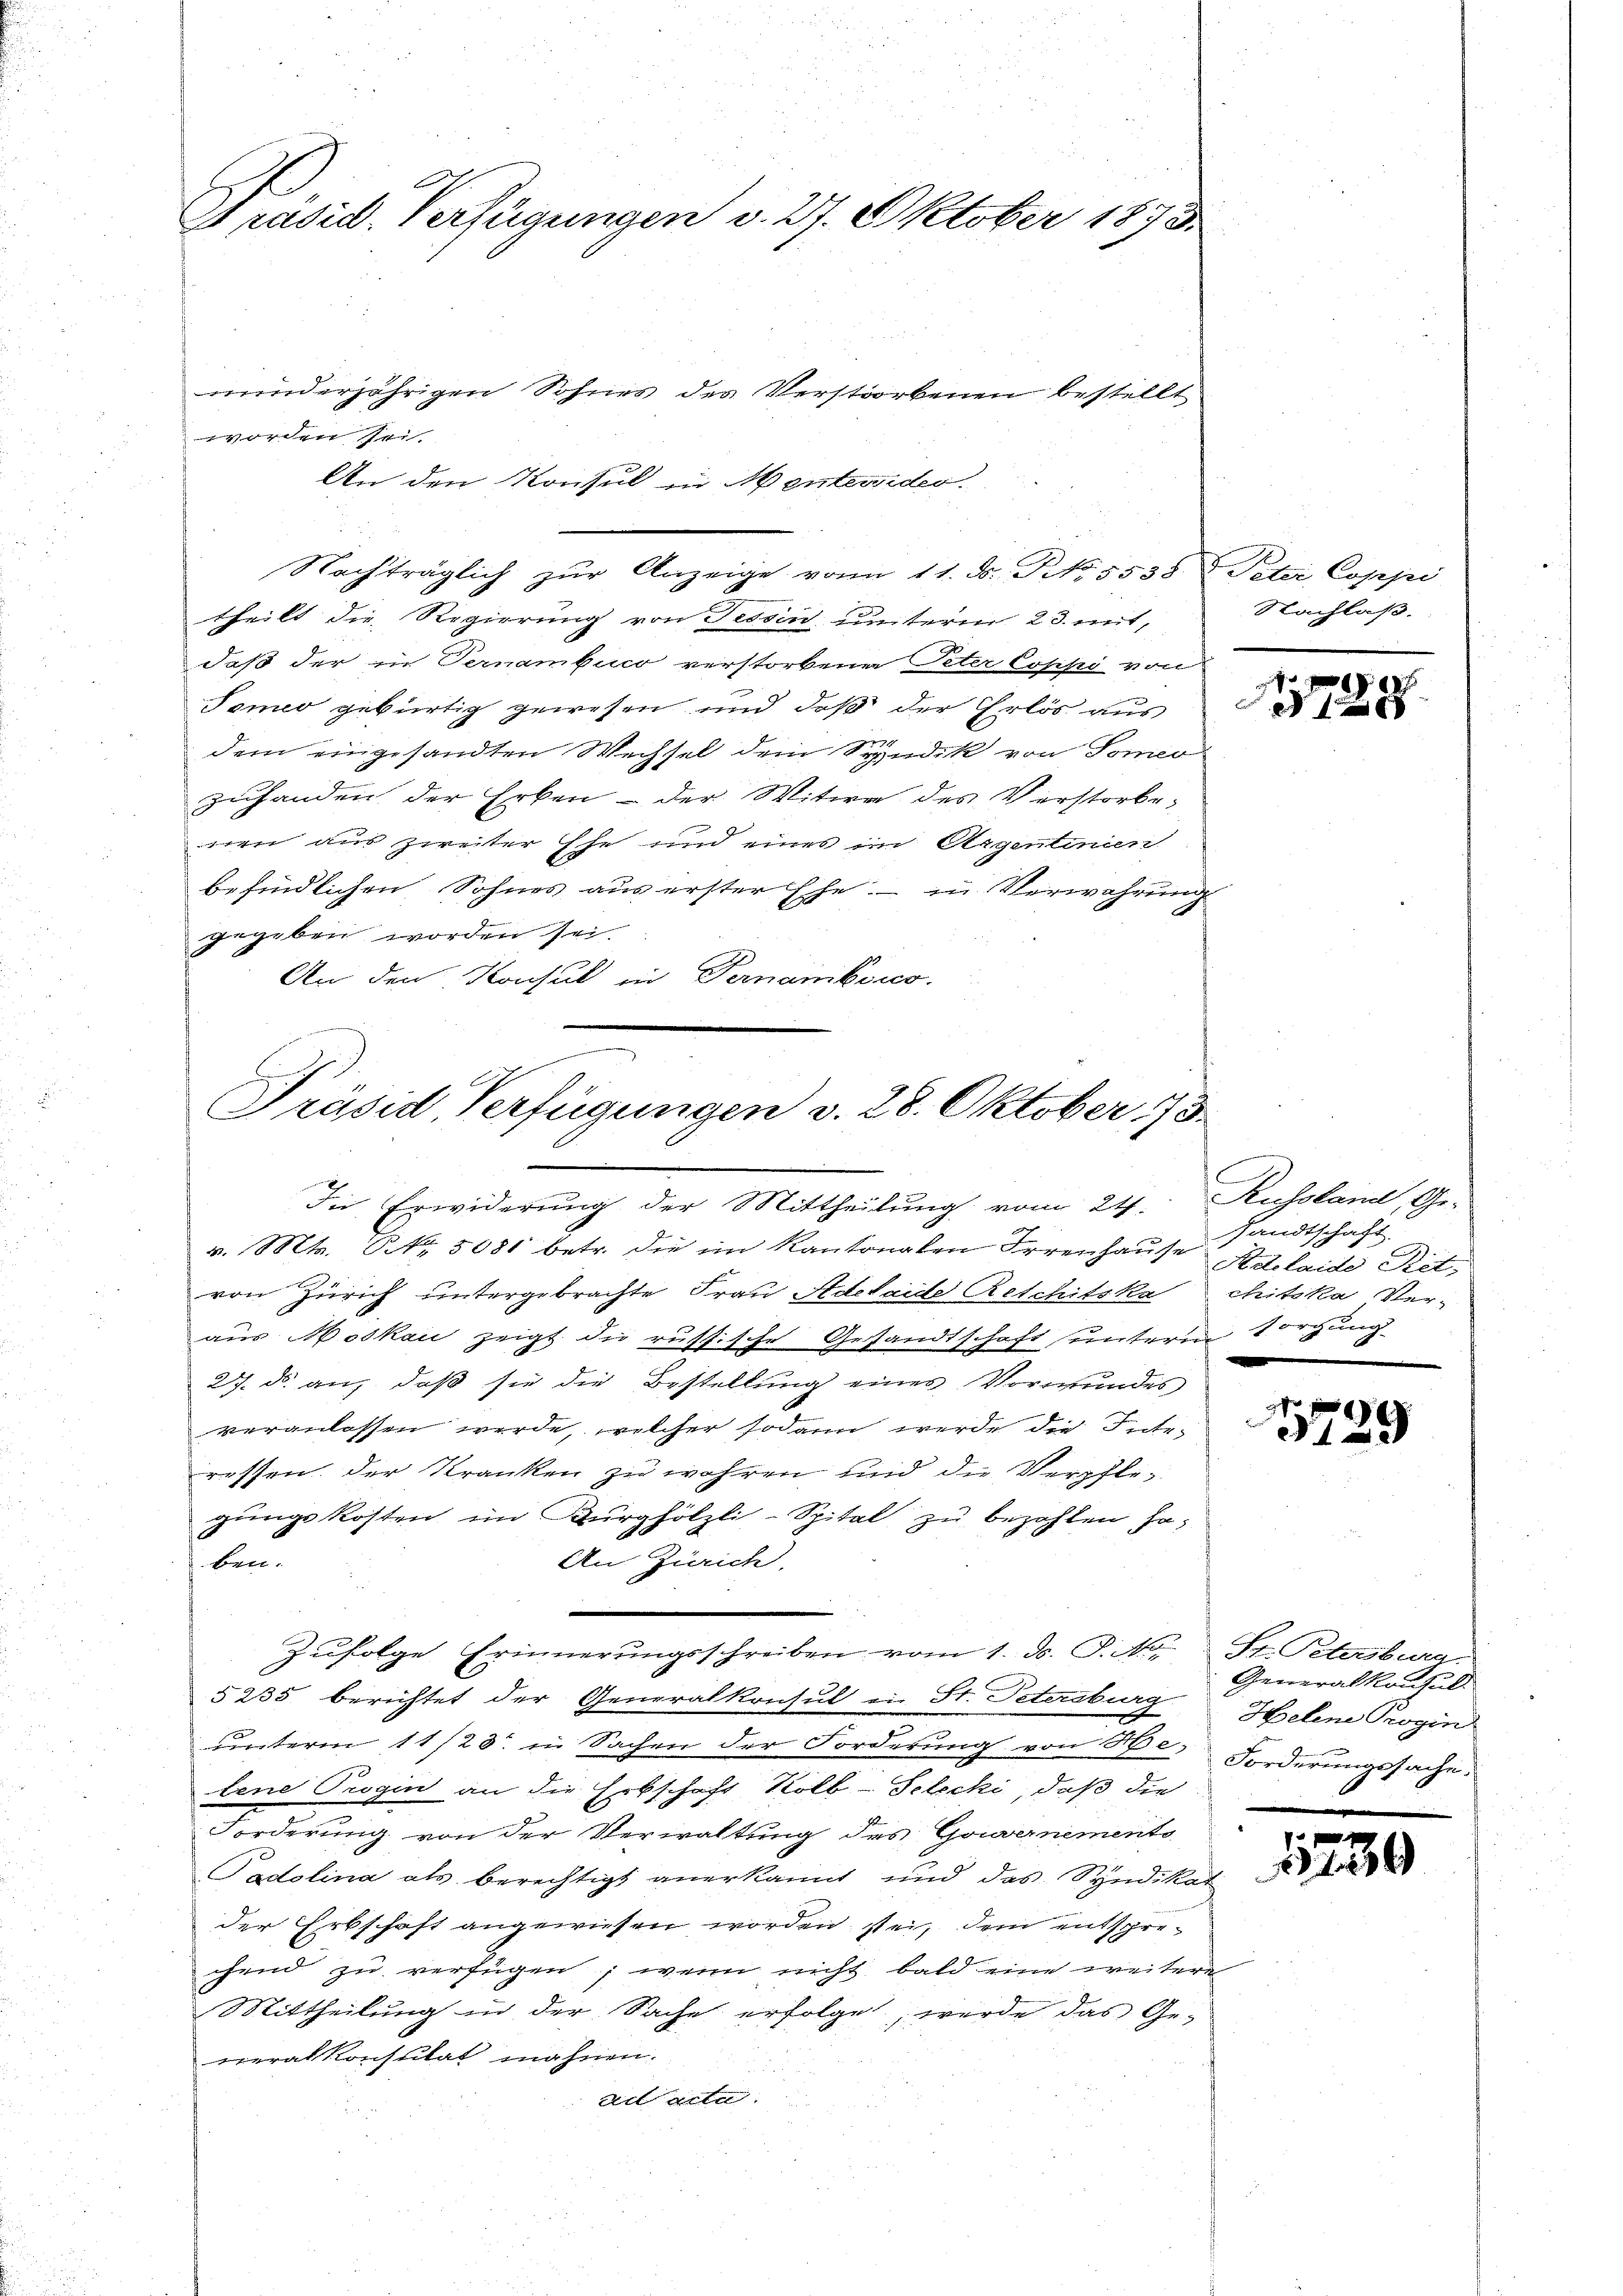
Präsid. Verfügungen v. 27. Oktober 1873.

minderjährigen Sohnes des Verstorbenen bestellt
worden sei.
An den Konsul in Mentevides.
Nachträglich zŭr Anzeige von 11. N. N. 5538 Peter Coppi
theilt die Regierung von Tessin unterm 23. mit,
daß der in Ternambuco verstorbener Peter Coppi von
Tomio gebürtig gewesen und daß der Erlös aus
dem eingesandten Wechsel dem Syndik von Tomeo
zuhanden der Erken - der Witwe des Verstorbe-
nen aus zweiter Ehe und eines im Argentinien
befindlichen Sohnes aus erster Ehe; — in Verwahrung
gegeben worden sei.
An den Konsul in Fernambors.

.
B
Präsid Verfügungen v. 28. Oktober 173.
In Erwiderung der Mittheilung vom 24. Russland, Ge-

Zŭfolge Erinnerungsschreiben vom 1. d. J. No. St. Petersburg.

v. Mts. S. 5081 betr. die im Kantonalen Irrenhause Adelaide Ritvon Zürich untergebrachte Frau Stdelaide Reschitska chitska Ver-
aus Moskau zeigt die russische Gesandtschaft unterm sorgungs
27. ds. an, daß sie die Bestellung eines Vormundes
veranlassen werde, welcher sodann werde die Interessen. Der Kranken zu wahren und die Verpflegungskosten im Burghölzli-Spital zu bezahlen Jaben.
An Zürich,
§ 235 berichtet der Generalkonsul in St. Petersburg
unterm 11/23. in Sachen der Forderung von He
lene Progin an die Erbschaft Kolb-Selecki, daß die
Forderung von der Verwaltung des Gouvernements
Padolina als berechtigt anerkannt und das Syndikat
der Erbschaft angewiesen worden sei, dem entsprechend zu verfügen; wenn nicht bald eine weitere
Mittheilung in der Sache erfolge, werde das Ge-
neralkonstitat mahnen.
ad acta

Nachlaß.

xxx
t

sandtschaft

x
42

Generalkonsul
Helene Trogin
Forderungssache.

11230